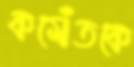
কমেঁঁতকে